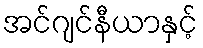
အင်ဂျင်နီယာနှင့်